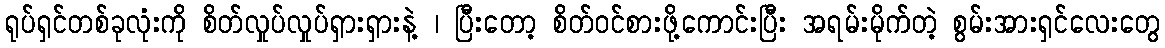
ရုပ်ရှင်တစ်ခုလုံးကို စိတ်လှုပ်လှုပ်ရှားရှားနဲ့ ၊ ပြီးတော့ စိတ်ဝင်စားဖို့ကောင်းပြီး အရမ်းမိုက်တဲ့ စွမ်းအားရှင်လေးတွေ